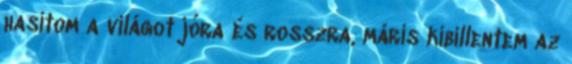
hasítom a világot jóra és rosszra, máris kibillentem az